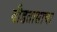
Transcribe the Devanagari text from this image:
दीडतासाचा